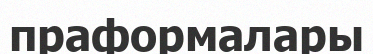
праформалары